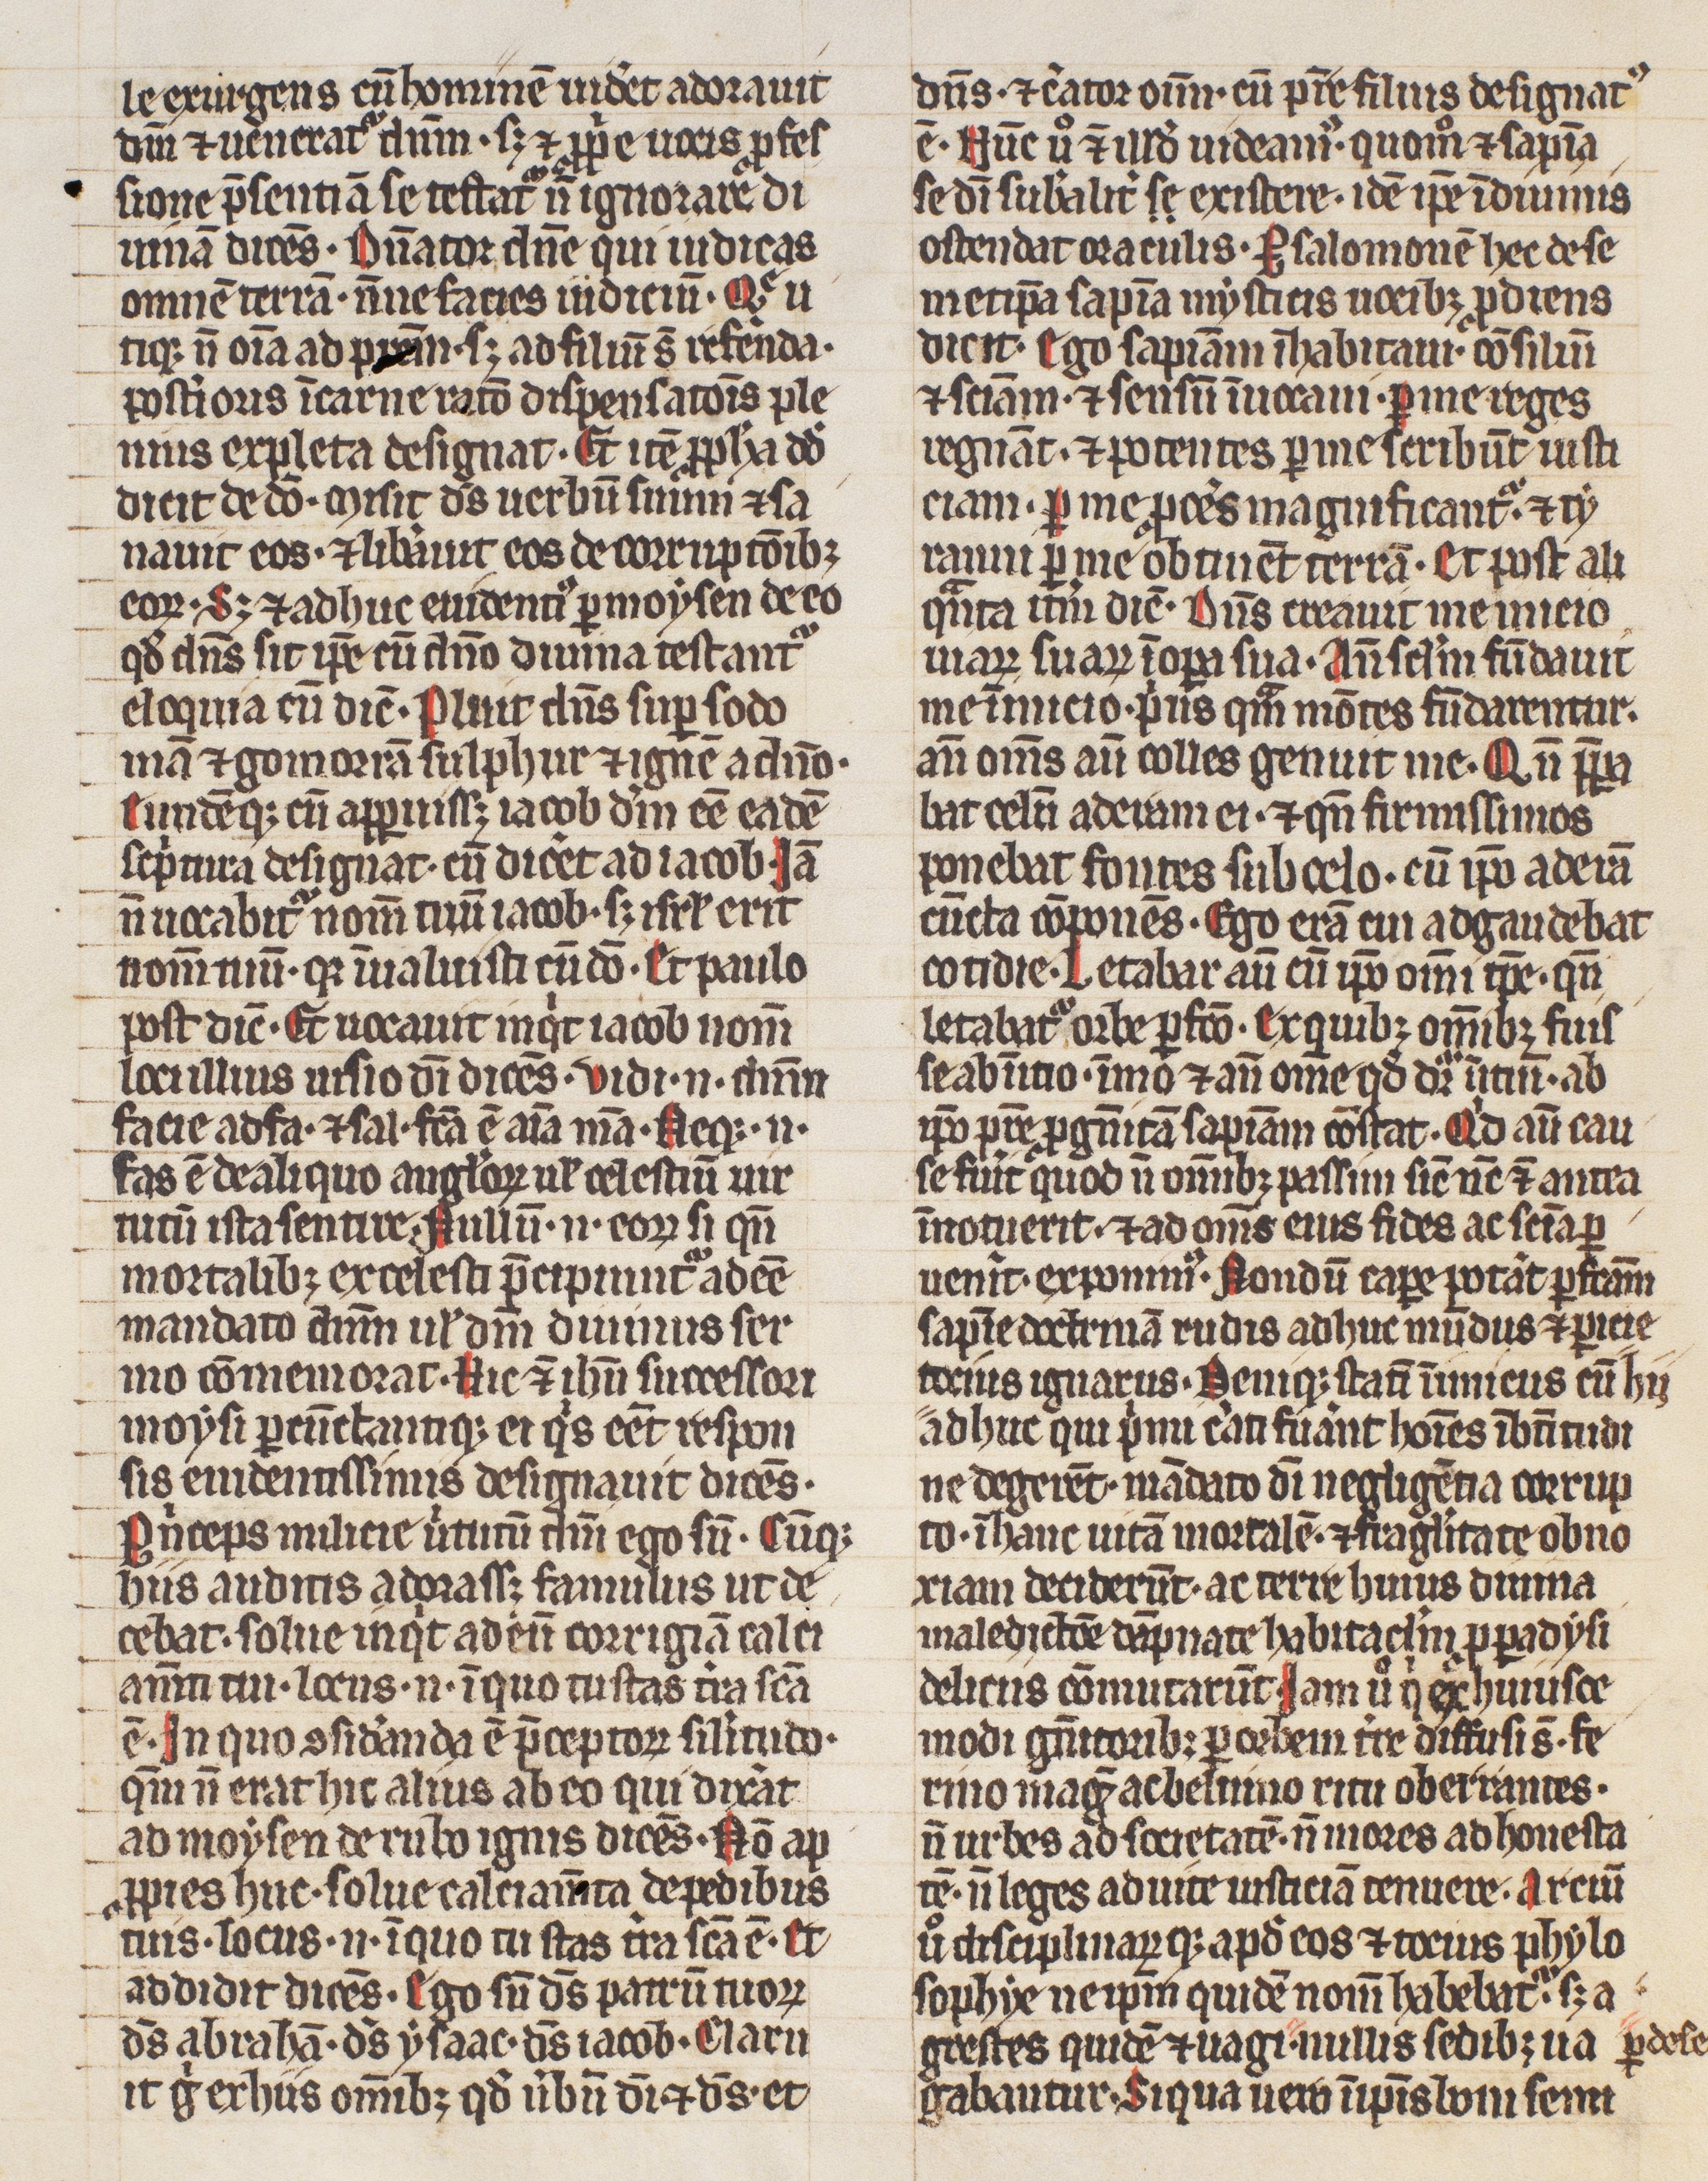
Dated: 1300–1399